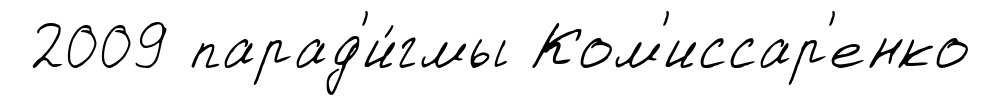
2009 парад'и́гмы Ком'иссар'енко